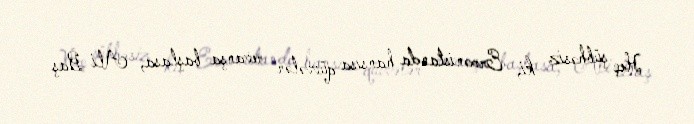
Heç şübhəsiz ki, Ermənistanda hansısa qüvvələr revanşa başlasa, Ali Baş